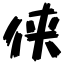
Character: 侠